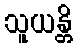
သူယန္တိ